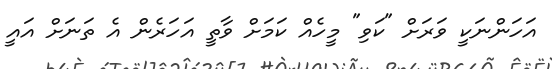
އަހަންނަކީ ވަރަށް "ކަވި" މީހެއް ކަމަށް ވާތީ އަހަރެން އެ ތަނަށް އައީ